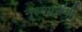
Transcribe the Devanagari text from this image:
नृत्यप्रसंगी